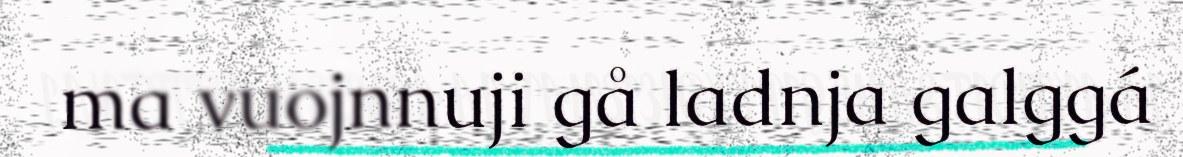
ma vuojnnuji gå ladnja galggá